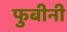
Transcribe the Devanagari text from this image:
फुबीनी